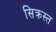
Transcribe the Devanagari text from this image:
सिक्रस्त